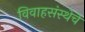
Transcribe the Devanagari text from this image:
विवाहसंस्थेचे